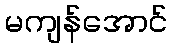
မကျန်အောင်